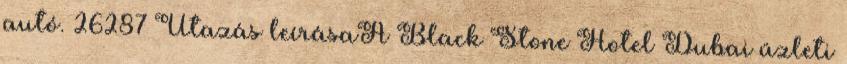
autó. 26287 Utazás leírásaA Black Stone Hotel Dubai üzleti